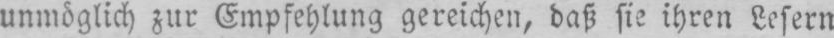
unmöglich zur Empfehlung gereichen, daß sie ihren Lesern